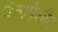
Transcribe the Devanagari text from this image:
चेतापेशींत